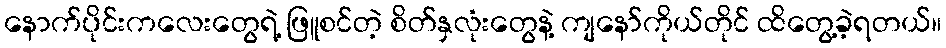
နောက်ပိုင်းကလေးတွေရဲ့ ဖြူစင်တဲ့ စိတ်နှလုံးတွေနဲ့ ကျနော်ကိုယ်တိုင် ထိတွေ့ခဲ့ရတယ်။